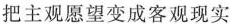
把主观愿望变成客观现实